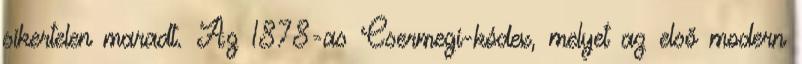
sikertelen maradt. Az 1878-as Csermegi-kódex, melyet az első modern